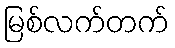
မြစ်လက်တက်